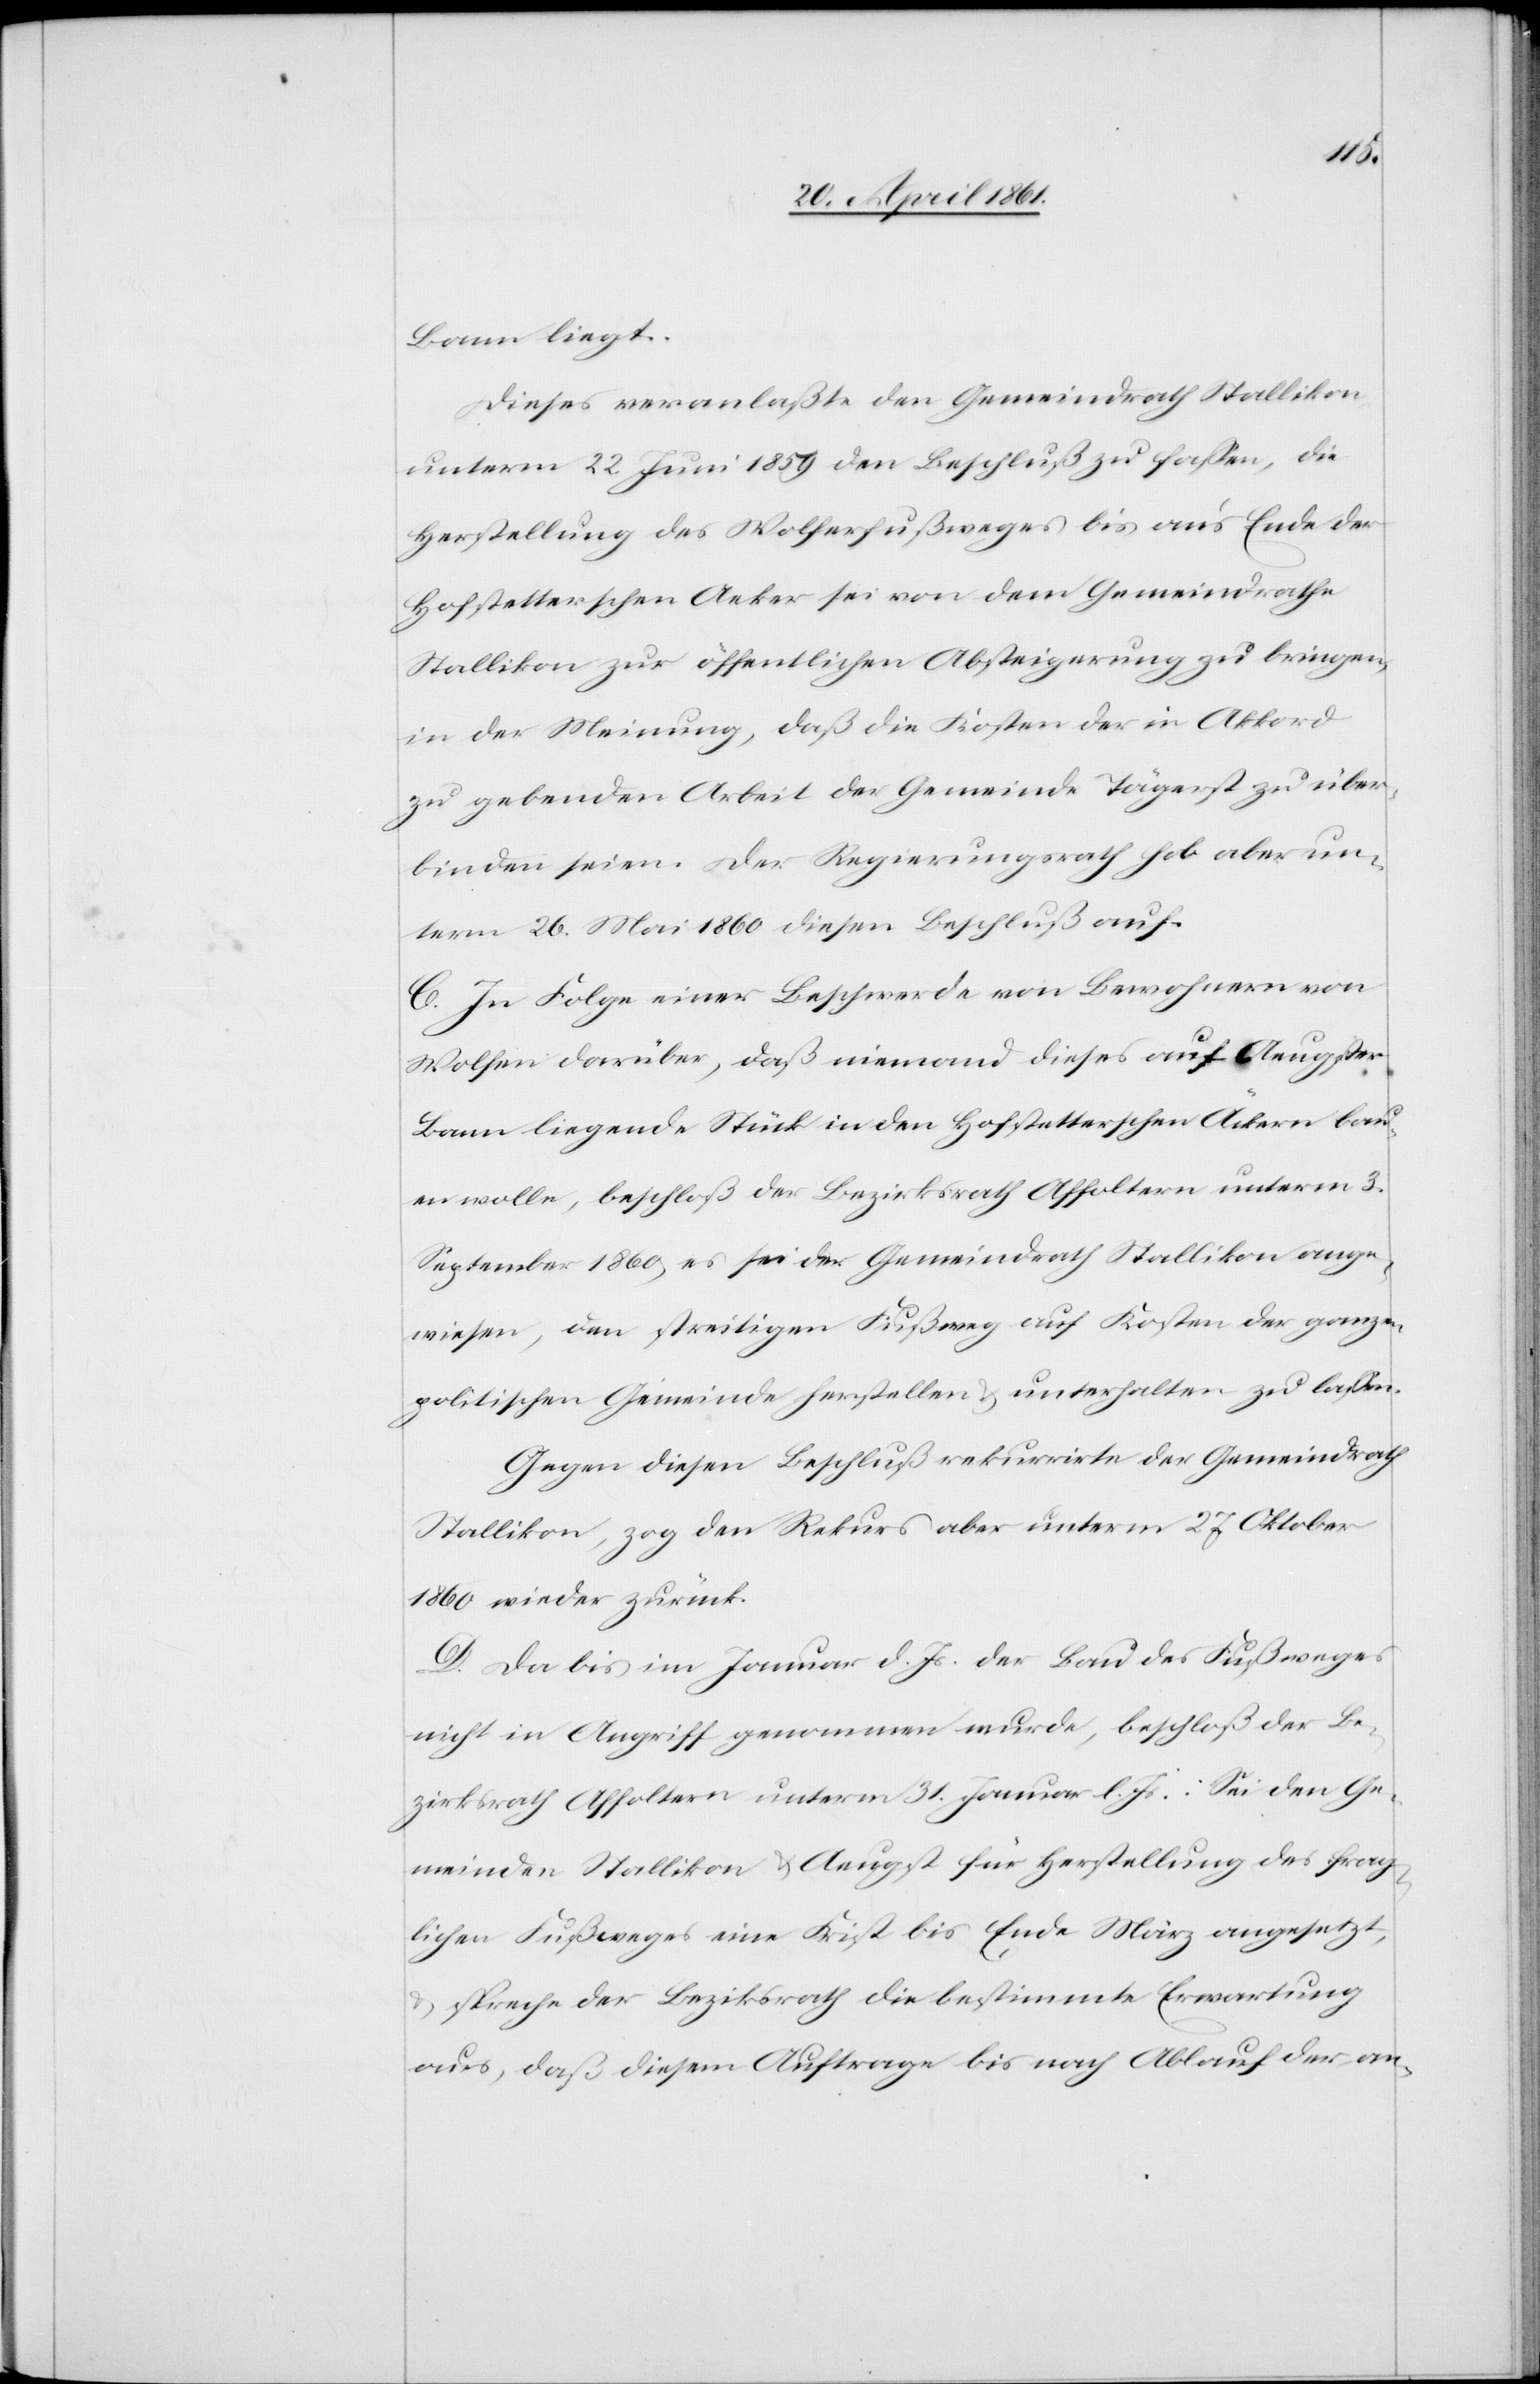
Bann liegt.
Dieses veranlaßte den Gemeindrath Stallikon
unterm 22. Juni 1859 den Beschluß zu fassen, die
Herstellung des Wolfersfußweges bis an’s Ende der
Hofstetterschen Aecker sei von dem Gemeindrathe
Stallikon zur öffentlichen Absteigerung zu bringen,
in der Meinung, daß die Kosten der in Akkord
zu gebenden Arbeit der Gemeinde Tägerst zu über¬
binden seien. Der Regierungsrath hob aber un¬
term 26. Mai 1860 diesen Beschluß auf.
C. In Folge einer Beschwerde von Bewohnern von
Wolfen darüber, daß niemand dieses auf Aeugster
Bann liegende Stück in den Hofstetterschen Äckern bau¬
en wolle, beschloß der Bezirksrath Affoltern unterm 3.
September 1860, es sei der Gemeindrath Stallikon ange¬
wiesen, den streitigen Fußweg auf Kosten der ganzen
politischen Gemeinde herstellen u. unterhalten zu lassen.
Gegen diesen Beschluß rekurrirte der Gemeindrath
Stallikon, zog den Rekurs aber unterm 27. Oktober
1860 wieder zurück.
D. Da bis im Januar d. Js. der Bau des Fußweges
nicht in Angriff genommen wurde, beschloß der Be¬
zirksrath Affoltern unterm 31. Januar l. Js.: Sei den Ge¬
meindem Stallikon u. Aeugst für Herstellung des frag¬
lichen Fußweges eine Frist bis Ende März angesetzt,
u. spreche der Bezirksrath die bestimmte Erwartung
aus, daß diesem Auftrage bis nach Ablauf der an-